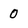
Character: 0